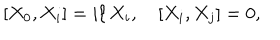
LaTeX: [ X _ { 0 } , X _ { i } ] = i \ell \, X _ { i } , \quad [ X _ { i } , X _ { j } ] = 0 ,